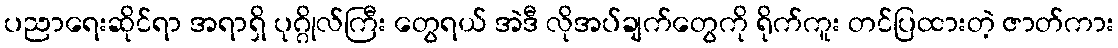
ပညာရေးဆိုင်ရာ အရာရှိ ပုဂ္ဂိုလ်ကြီး တွေရယ် အဲဒီ လိုအပ်ချက်တွေကို ရိုက်ကူး တင်ပြထားတဲ့ ဇာတ်ကား